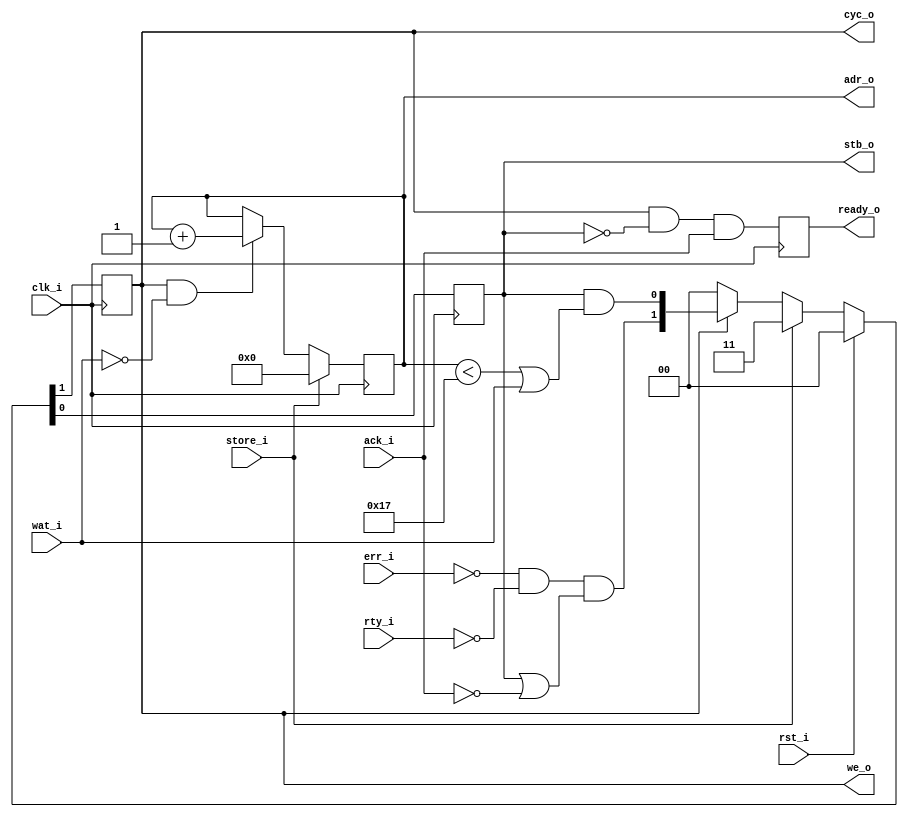
`timescale 1ns/100ps
/*
 * Module      : rtl/wb_store.v
 * Copyright   : (C) Tim Molteno     2016
 *             : (C) Max Scheel      2016
 *             : (C) Patrick Suggate 2016
 * License     : LGPL3
 * 
 * Maintainer  : Patrick Suggate <patrick.suggate@gmail.com>
 * Stability   : Experimental
 * Portability : only tested with Icarus Verilog
 * 
 * 
 * This file is part of TART.
 * 
 * TART is free software: you can redistribute it and/or modify it under the
 * terms of the GNU Lesser Public License as published by the Free Software
 * Foundation, either version 3 of the License, or (at your option) any later
 * version.
 * 
 * TART is distributed in the hope that it will be useful, but WITHOUT ANY
 * WARRANTY; without even the implied warranty of MERCHANTABILITY or FITNESS
 * FOR A PARTICULAR PURPOSE.  See the GNU Lesser Public License for more
 * details.
 * 
 * You should have received a copy of the GNU Lesser Public License along with
 * TART.  If not, see <http://www.gnu.org/licenses/>.
 * 
 * 
 * Description:
 * Generates the control and address signals needed, to store a block of data,
 * using Wishbone-like burst transfers.
 * 
 * NOTE:
 *  + Uses pipelined BURST WRITES from the Wishbone B4 spec;
 *  + Pipelined transfers assert `stb_o` once/transfer, whereas classic
 *    transfers assert `stb_o` until `ack_i`;
 *  + Commands are typically sent each cycle, unless `wat_i`, during burst
 *    transfers;
 * 
 * TODO:
 *  + add a "latency" parameter, so that the most efficient method, to track
 *    outstanding requests, can be used;
 *  + finish/test support for `wat_i`, `rty_i`, and `err_i`;
 *  + support byte-enables?
 * 
 * Changelog:
 *  + 22/10/2016  --  initial file;
 * 
 */

module wb_store
  #(parameter STORE = 24,       // number of words to store
    parameter SMAX  = STORE-1,  // maximum counter value
    parameter SBITS = 5,        // bit-width of store counter
    parameter SSB   = SBITS-1,  // MSB of store counter
    parameter PIPED = 1,        // Pipelined (WB4 spec) transfers (0/1)?
    parameter BURST = 1,        // Pipelined burst transfers (0/1)?
    parameter DELAY = 3)        // combinational simulation delay (ns)
   (
    input          clk_i,
    input          rst_i,
    output reg     cyc_o = 1'b0,
    output reg     stb_o = 1'b0,
    output         we_o,
    input          ack_i,
    input          wat_i,
    input          rty_i,
    input          err_i,
    output [SSB:0] adr_o,

    input          store_i,
    output reg     ready_o = 1'b0
    );

   reg [SSB:0]     adr = {SBITS{1'b0}};
   wire [SBITS:0]  adr_nxt = adr + 1;
   wire            cyc_w = !err_i && !rty_i && (stb_o || !ack_i);
   wire            stb_w = stb_o && (adr < SMAX || wat_i);


   assign we_o  = cyc_o;
   assign adr_o = adr;


   //-------------------------------------------------------------------------
   //  Wishbone interface state and bus-control signals.
   //-------------------------------------------------------------------------
   always @(posedge clk_i)
     if (rst_i)
       {cyc_o, stb_o} <= #DELAY 2'b00;
     else if (store_i)
       {cyc_o, stb_o} <= #DELAY 2'b11;
     else if (cyc_o)
       {cyc_o, stb_o} <= #DELAY {cyc_w, stb_w};
     else
       {cyc_o, stb_o} <= #DELAY 2'b00;

   //-------------------------------------------------------------------------
   //  Address generation, with a block.
   always @(posedge clk_i)
     if (store_i)
       adr <= #DELAY {SBITS{1'b0}};
     else if (cyc_o && !wat_i)
       adr <= #DELAY adr_nxt[SSB:0];


   //-------------------------------------------------------------------------
   //  Strobe the `ready_o` signal when a store has been completed.
   //-------------------------------------------------------------------------
   always @(posedge clk_i)
     ready_o <= #DELAY cyc_o && !stb_o && ack_i;


endmodule // wb_store